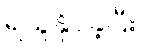
ရယူနိုင်ခဲ့ပြီး